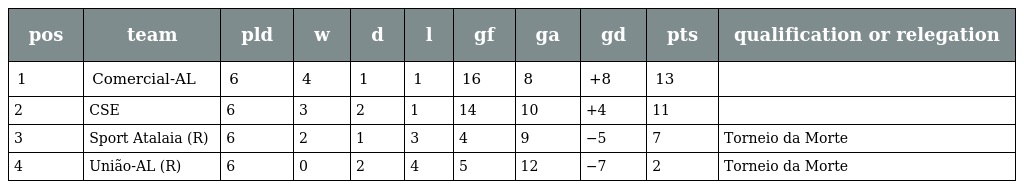
| pos | team | pld | w | d | l | gf | ga | gd | pts | qualification or relegation |
 | --- | --- | --- | --- | --- | --- | --- | --- | --- | --- | --- |
 | 1 | Comercial-AL | 6 | 4 | 1 | 1 | 16 | 8 | +8 | 13 |  |
 | 2 | CSE | 6 | 3 | 2 | 1 | 14 | 10 | +4 | 11 |  |
 | 3 | Sport Atalaia (R) | 6 | 2 | 1 | 3 | 4 | 9 | −5 | 7 | Torneio da Morte |
 | 4 | União-AL (R) | 6 | 0 | 2 | 4 | 5 | 12 | −7 | 2 | Torneio da Morte |